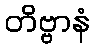
တိဗ္ဗာနံ